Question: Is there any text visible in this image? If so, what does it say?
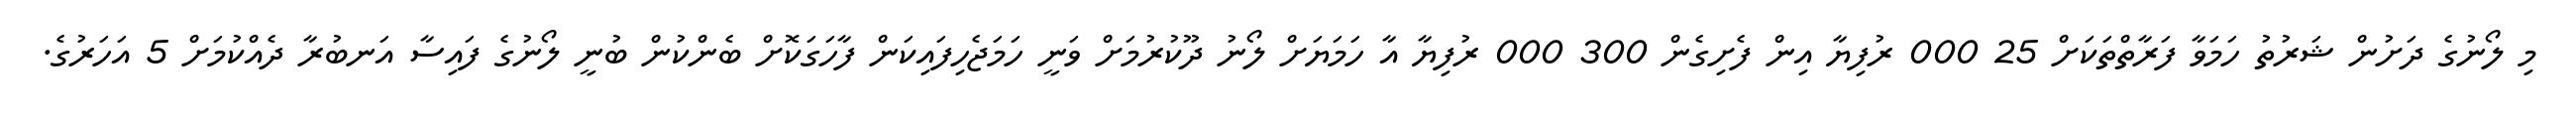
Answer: މި ލޯނުގެ ދަށުން ޝަރުތު ހަމަވާ ފަރާތްތަކަށް 25 000 ރުފިޔާ އިން ފެށިގެން 300 000 ރުފިޔާ އާ ހަމަޔަށް ލޯނު ދޫކުރުމަށް ވަނީ ހަމަޖެހިފައިކަން ފާހަގަކޮށް ބެންކުން ބުނީ ލޯނުގެ ފައިސާ އަނބުރާ ދެއްކުމަށް 5 އަހަރުގެ.